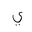
Letter: _ya